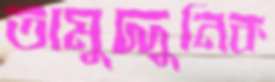
তামুদ্দুনিক